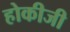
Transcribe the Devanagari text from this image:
होकीजी